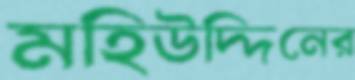
মহিউদ্দিনের